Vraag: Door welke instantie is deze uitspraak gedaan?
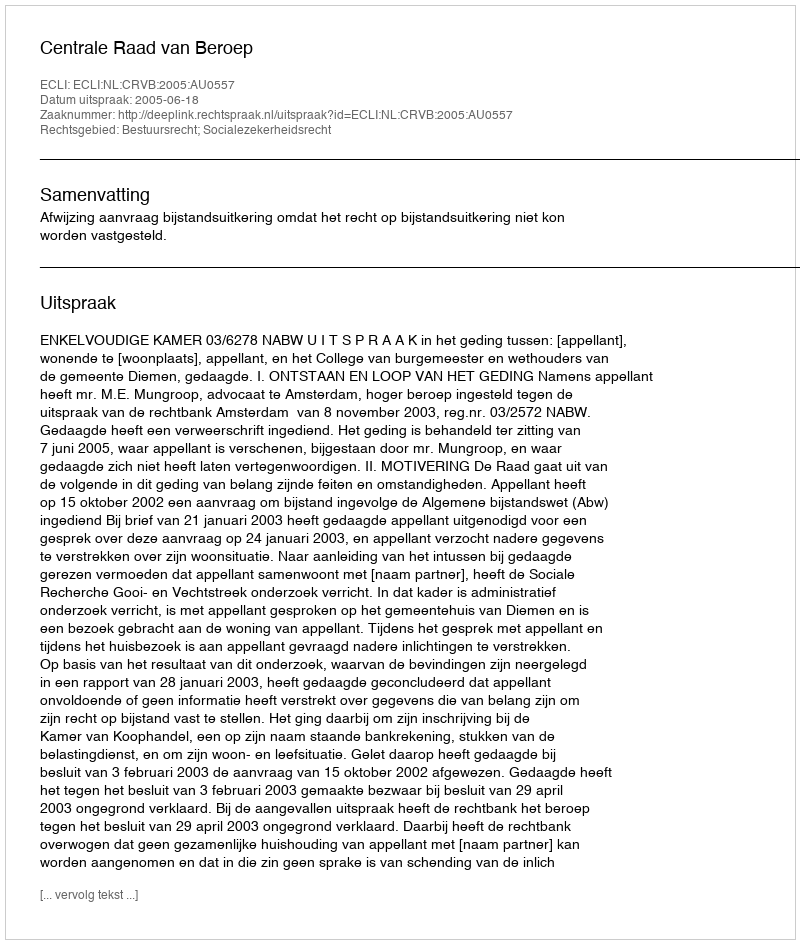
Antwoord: Centrale Raad van Beroep